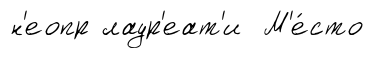
н'еопр лаур'еат'и М'е́сто